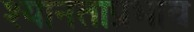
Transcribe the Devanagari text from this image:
श्यानताप्रभाव